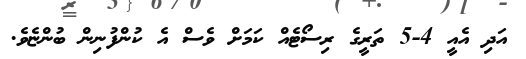
އަދި އެއީ 4-5 ތަރީގެ ރިސޯޓެއް ކަމަށް ވެސް އެ ކުންފުނިން ބުންޏެވެ.